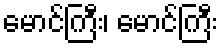
မောင်ကြီး၊ မောင်ကြီး